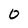
Character: 0